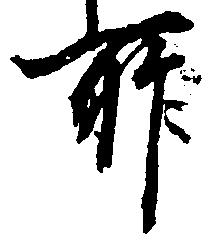
所